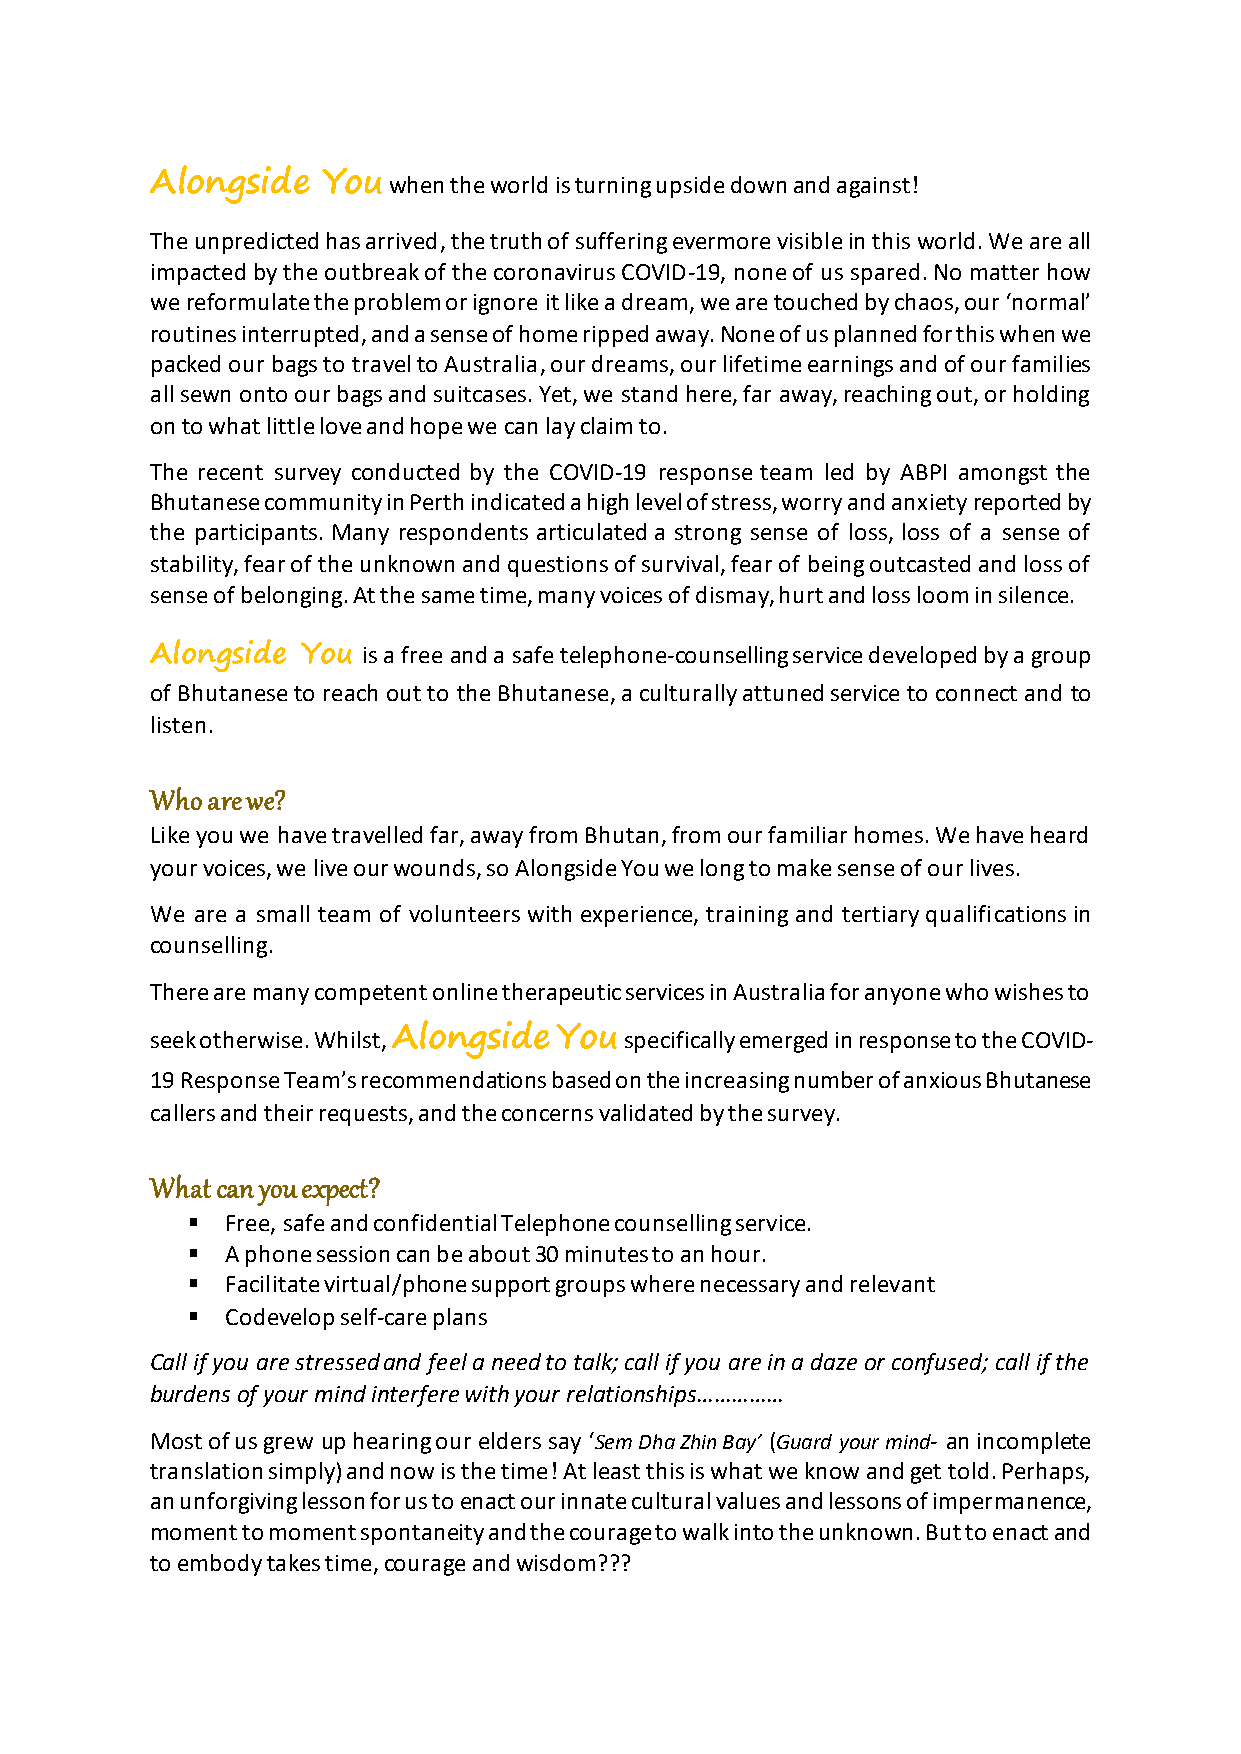
Alongside  You  when the world is turning upside down and against!
 The unpredicted has arrived, the truth of suffering evermore visible in this world. We are all
 impacted by the outbreak of the coronavirus COVID-19, none of us spared. No matter how
 we reformulate the problem or ignore it like a dream, we are touched by chaos, our ‘normal’
 routines interrupted, and a sense of home ripped away. None of us planned for this when we
 packed our bags to travel to Australia, our dreams, our lifetime earnings and of our families
 all sewn onto our bags and suitcases. Yet, we stand here, far away, reaching out, or holding
 on to what little love and hope we can lay claim to.
 The recent survey conducted by the COVID-19 response team led by ABPI amongst the
 Bhutanese community in Perth indicated a high level of stress, worry and anxiety reported by
 the participants. Many respondents articulated a strong sense of loss, loss of a sense of
 stability, fear of the unknown and questions of survival, fear of being outcasted and loss of
 sense of belonging. At the same time, many voices of dismay, hurt and loss loom in silence.
 Alongside You is a free and a safe telephone-counselling service developed by a group
 of Bhutanese to reach out to the Bhutanese, a culturally attuned service to connect and to
 listen.
 Who are we?
 Like you we have travelled far, away from Bhutan, from our familiar homes. We have heard
 your voices, we live our wounds, so Alongside You we long to make sense of our lives.
 We are a small team of volunteers with experience, training and tertiary qualifications in
 counselling.
 There are many competent online therapeutic services in Australia for anyone who wishes to
 seek otherwise. Whilst, Alongside You specifically emerged in response to the COVID-
 19 Response Team’s recommendations based on the increasing number of anxious Bhutanese
 callers and their requests, and the concerns validated by the survey.
 What can you expect?
 ▪  Free, safe and confidential Telephone counselling service.
 ▪  A phone session can be about 30 minutes to an hour.
 ▪  Facilitate virtual/phone support groups where necessary and relevant
 ▪  Codevelop self-care plans
 Call if you are stressed and feel a need to talk; call if you are in a daze or confused; call if the
 burdens of your mind interfere with your relationships……………
 Most of us grew up hearing our elders say ‘Sem Dha Zhin Bay’ (Guard your mind- an incomplete
 translation simply) and now is the time! At least this is what we know and get told. Perhaps,
 an unforgiving lesson for us to enact our innate cultural values and lessons of impermanence,
 moment to moment spontaneity and the courage to walk into the unknown. But to enact and
 to embody takes time, courage and wisdom???